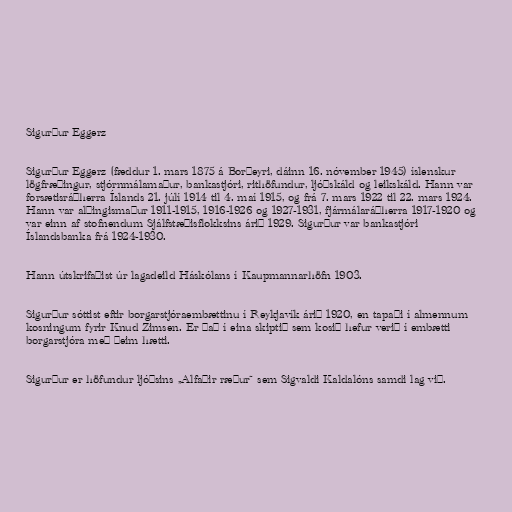
Sigurður Eggerz

Sigurður Eggerz (fæddur 1. mars 1875 á Borðeyri, dáinn 16. nóvember 1945) íslenskur
lögfræðingur, stjórnmálamaður, bankastjóri, rithöfundur, ljóðskáld og leikskáld. Hann var
forsætisráðherra Íslands 21. júlí 1914 til 4. maí 1915, og frá 7. mars 1922 til 22. mars 1924.
Hann var alþingismaður 1911-1915, 1916-1926 og 1927-1931, fjármálaráðherra 1917-1920 og
var einn af stofnendum Sjálfstæðisflokksins árið 1929. Sigurður var bankastjóri
Íslandsbanka frá 1924-1930.

Hann útskrifaðist úr lagadeild Háskólans í Kaupmannarhöfn 1903.

Sigurður sóttist eftir borgarstjóraembættinu í Reykjavík árið 1920, en tapaði í almennum
kosningum fyrir Knud Zimsen. Er það í eina skiptið sem kosið hefur verið í embætti
borgarstjóra með þeim hætti.

Sigurður er höfundur ljóðsins „Alfaðir ræður“ sem Sigvaldi Kaldalóns samdi lag við.